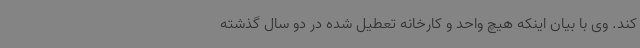
کند. وی با بیان اینکه هیچ واحد و کارخانه تعطیل شده در دو سال گذشته